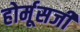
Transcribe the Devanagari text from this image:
होर्मूसजी